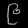
Digit: ၉